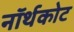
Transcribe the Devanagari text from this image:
नॉर्थकोट